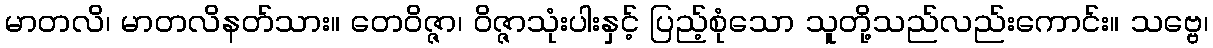
မာတလိ၊ မာတလိနတ်သား။ တေဝိဇ္ဇာ၊ ဝိဇ္ဇာသုံးပါးနှင့် ပြည့်စုံသော သူတို့သည်လည်းကောင်း။ သဗ္ဗေ၊